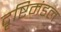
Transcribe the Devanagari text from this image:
दृष्टिमंडल